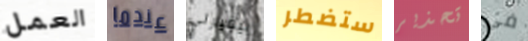
العمل عندما بيفيرلي ستضطر تحذير في